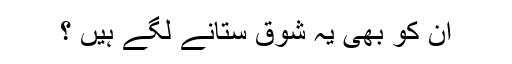
ان کو بھی یہ شوق ستانے لگے ہیں ؟